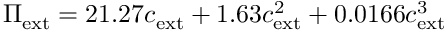
\Pi _ { \mathrm { e x t } } = 2 1 . 2 7 c _ { \mathrm { e x t } } + 1 . 6 3 c _ { \mathrm { e x t } } ^ { 2 } + 0 . 0 1 6 6 c _ { \mathrm { e x t } } ^ { 3 }